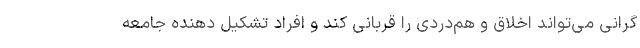
گرانی می‌تواند اخلاق و هم‌دردی را قربانی کند و افراد تشکیل دهنده جامعه